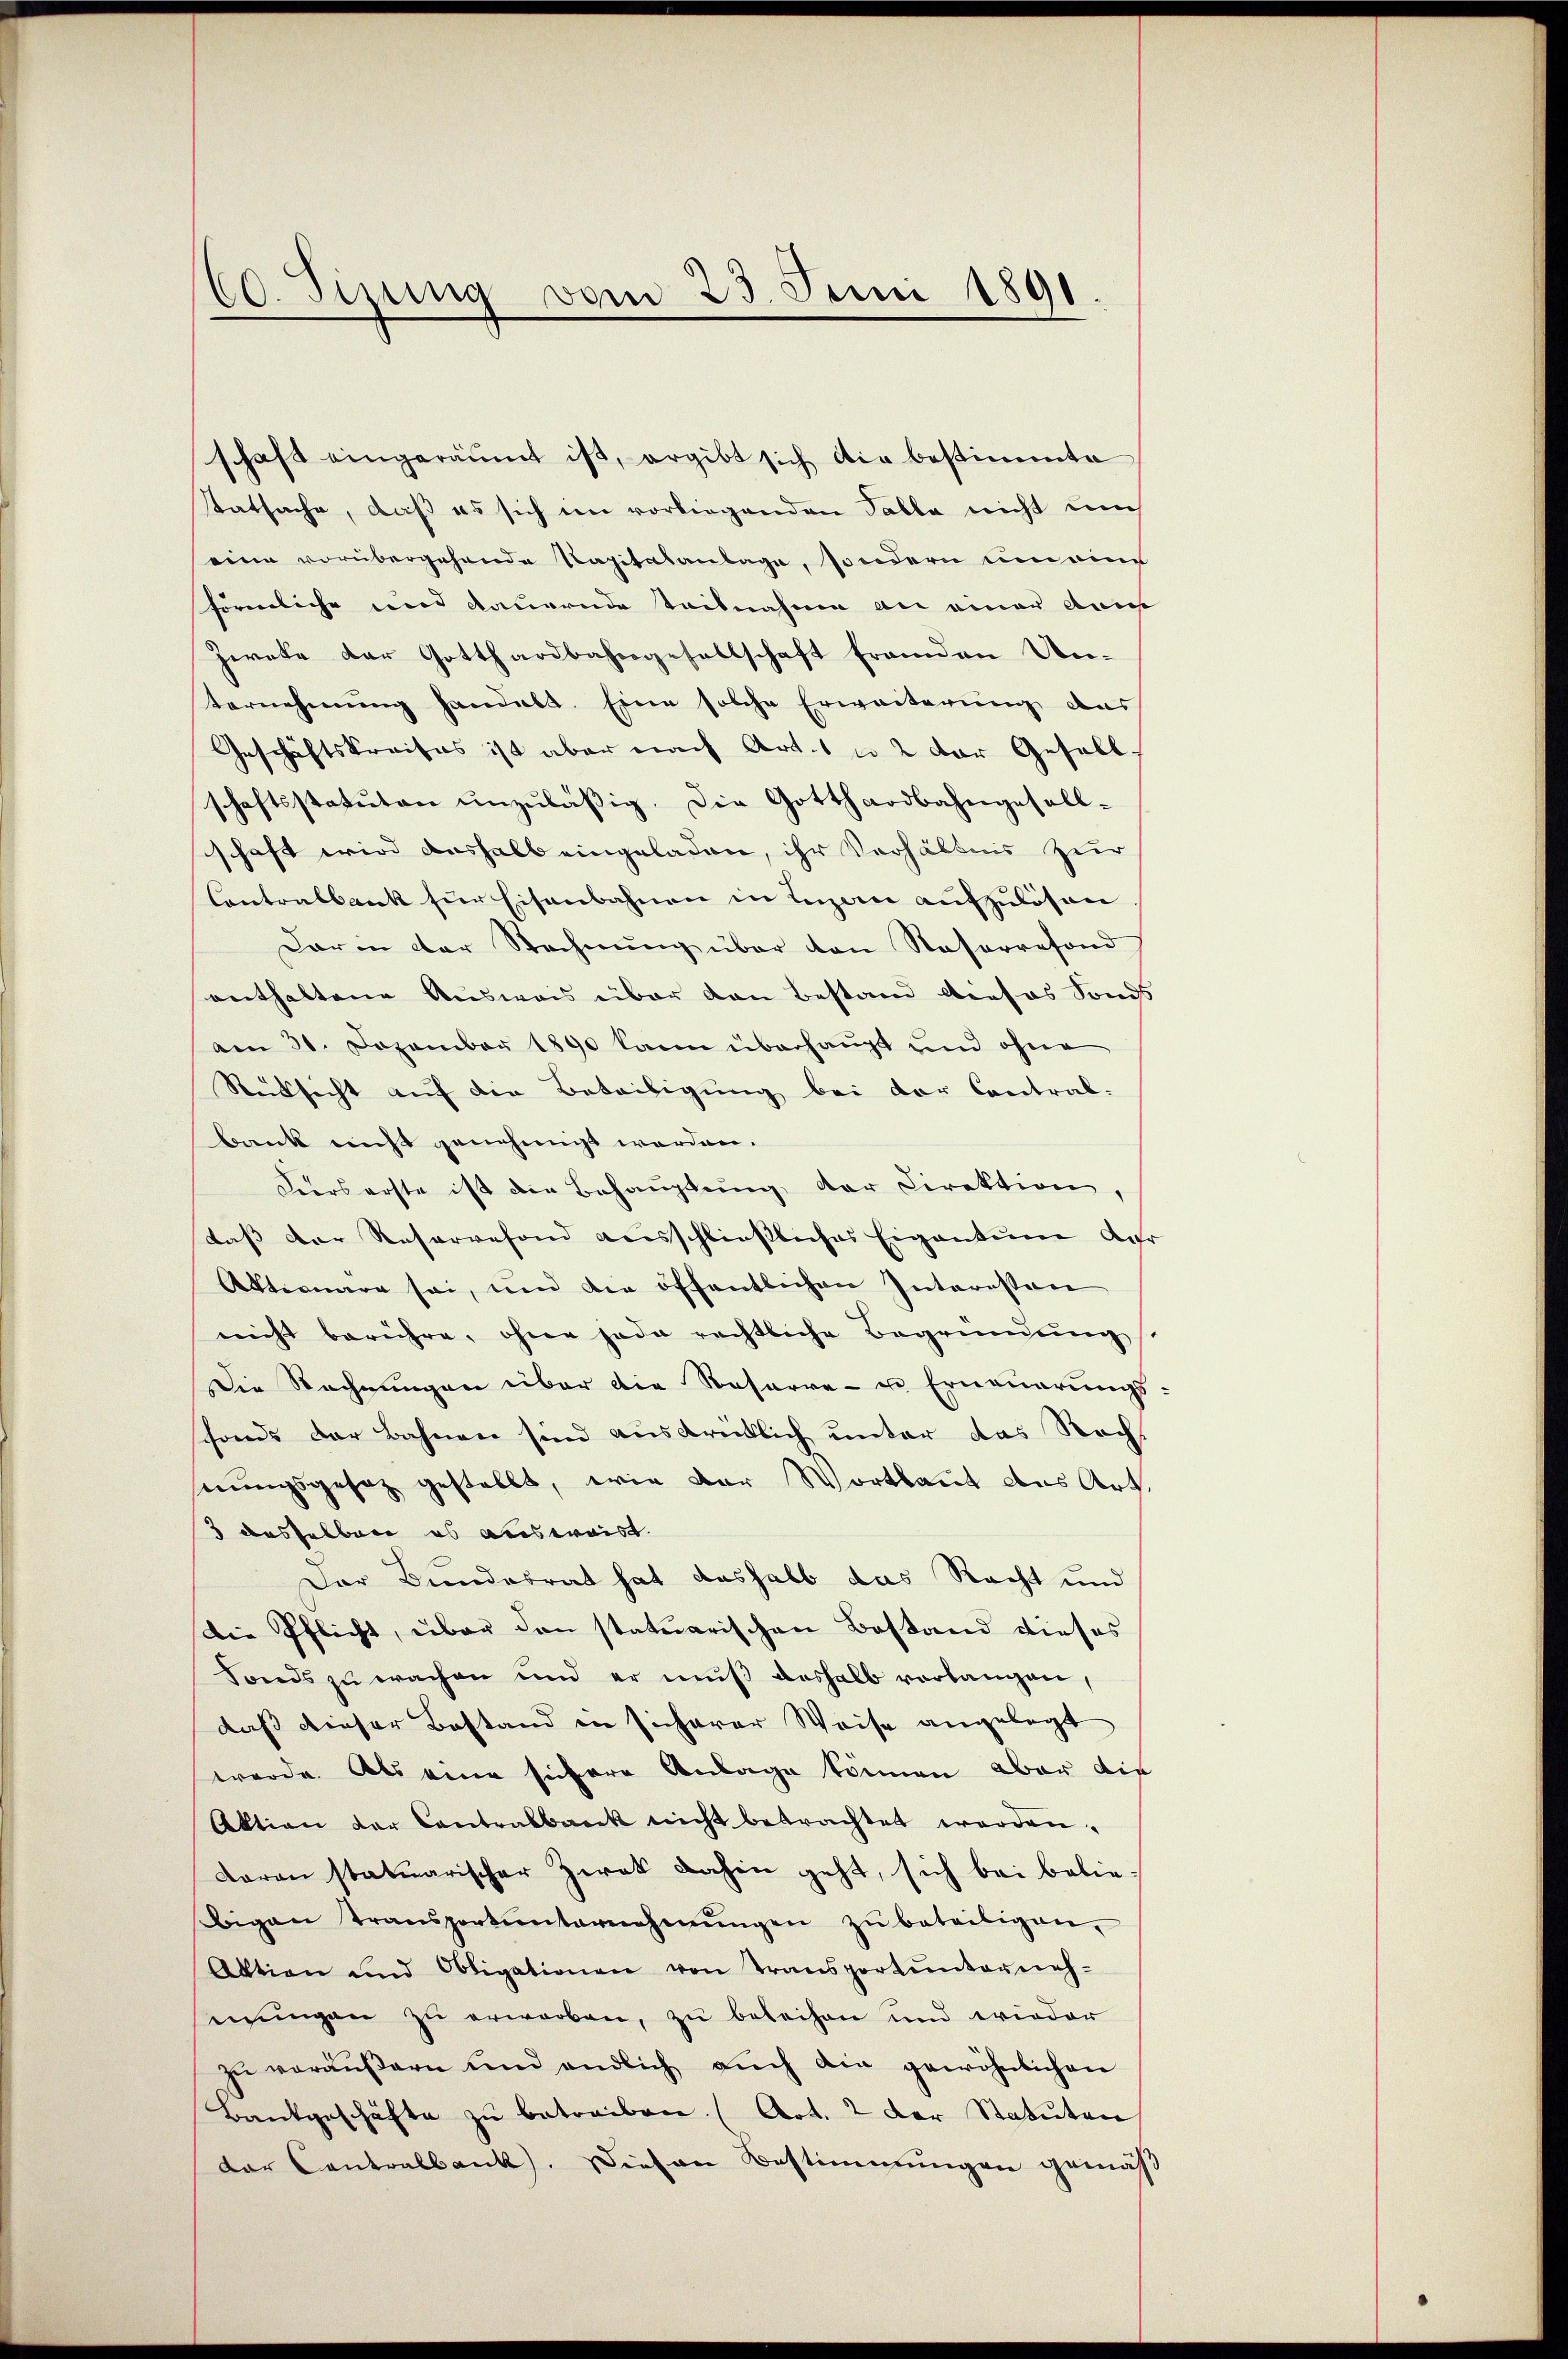
60. Sinung vom 23. Juni 1891

schaft eingeräumt ist, ergibt sich die bestimmte
statsache, daß es sich im vorliegenden Palle nicht uns
eine vorübergehende Kapitalanlage, sondern um ein
förmliche und dauernde teilnahme an einer Ann
Zweke der Gotthardbahngesellschaft fremden Un¬
Vernehmung handelt. Eine solche Erweiterung des
Geschäftskreises ist aber nach Art. 1 u. 2 der Gesell-
schaftsstatuten unzuläßig. Die Gotthardbahngesell-
schaft wird deshalb eingeladen, ihr Verhältnis zur
Contralbank für Eisenbahnen in Luzern aufzulösen
Darin der Rechnung über von Raserrefond
enthaltene Ausweis über den Bestand dieses Fonds
am 31. Dezember 1890 kann überhaupt und ohne
Rücksicht auf die Beteiligung bei der Contral-
bank nicht genehmigt werden.
Keers erste ist die Behauptung der Direktion
dass der Reservefond ausschliesliches Eigentum der
Aktionare sei, um die öffentlichen Interessen
nicht berühre, ohne jede rechtliche Begründung
Die Rechnungen über die Reserre- u. Erneuerungs
fonds der Bahnen sind ausdrüklich unter das Rechnungsgesetz gestellt, wie der Wortlaut aus Art.
3 desselben es ausweist.
Der Bundesrat hat deshalb das Recht und
Die Pflicht, über den statuarischen Bestand dieses
Fonds zu wachen und er muß deshalb vorlangen,
daß dieser Bestand in sicherer Weise angelegt
wurde. Als eine sichere Anlage können, aber die
Aktion der Contralbank nicht betrachtet werden.
daran statuarischer Zwek dahin geht, sich bei beliebigen Transportŭnternehmungen zŭ beteiligen,
Aktion und Obligationen von Transportŭnterneh-
mungen zu erworben, zu beleihen und wieder
zŭ veräŭβern und endlich aŭch die gewöhnlichen
Bankgeschäfte zŭ betreiben (Art. 2 der Statuten
dar Contralbank. Diesen Bestimmungen gemäß